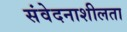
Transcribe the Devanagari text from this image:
संवेदनाशीलता